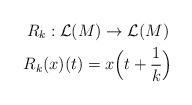
LaTeX: \begin{gather*}R_k:\mathcal{L}(M)\rightarrow \mathcal{L}(M) \\R_k(x)(t)=x\Big(t+\frac{1}{k}\Big)\end{gather*}